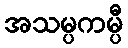
အသမ္ပကမ္ပီ